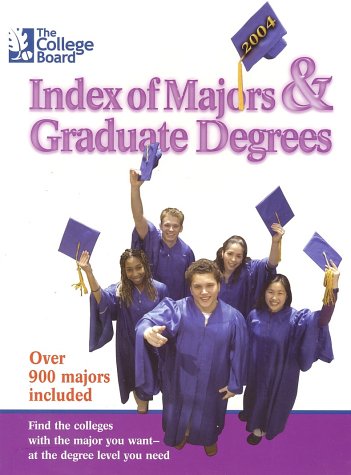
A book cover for The College Board Index of Majors & Graduate Degrees 2004: All-New Twenty-sixth Edition; The College Board; Test Preparation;